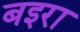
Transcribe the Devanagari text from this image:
बइरा